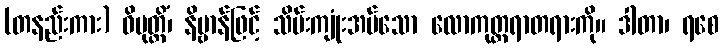
(တနည်းကား) ဝိမုတ္တိံ၊ နိဗ္ဗာန်ဖြင့် သိမ်းကျုံးအပ်သော လောကုတ္တရာတရားကို။ ဒါတာ၊ ရစေ